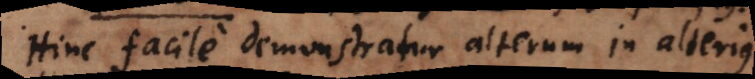
Hinc facile demonstratur alterum in alterius